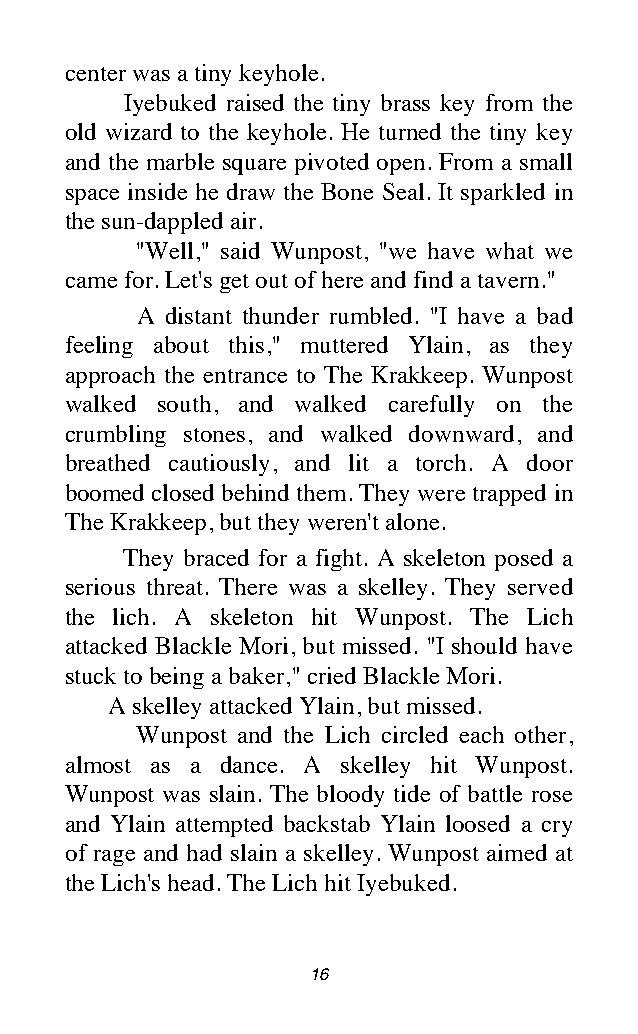
center was a tiny keyhole.
 Iyebuked raised the tiny brass key from the
 old wizard to the keyhole. He turned the tiny key
 and the marble square pivoted open. From a small
 space inside he draw the Bone Seal. It sparkled in
 the sun-dappled air.
 "Well," said Wunpost, "we have what we
 came for. Let's get out of here and find a tavern."
 A distant thunder rumbled. "I have a bad
 feeling about this," muttered Ylain, as they
 approach the entrance to The Krakkeep. Wunpost
 walked south, and walked carefully on the
 crumbling stones, and walked downward, and
 breathed cautiously, and lit a torch. A door
 boomed closed behind them. They were trapped in
 The Krakkeep, but they weren't alone.
 They braced for a fight. A skeleton posed a
 serious threat. There was a skelley. They served
 the lich. A skeleton hit Wunpost. The Lich
 attacked Blackle Mori, but missed. "I should have
 stuck to being a baker," cried Blackle Mori.
 A skelley attacked Ylain, but missed.
 Wunpost and the Lich circled each other,
 almost as a dance. A skelley hit Wunpost.
 Wunpost was slain. The bloody tide of battle rose
 and Ylain attempted backstab Ylain loosed a cry
 of rage and had slain a skelley. Wunpost aimed at
 the Lich's head. The Lich hit Iyebuked.
 16